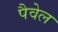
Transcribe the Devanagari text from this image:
पैवेल